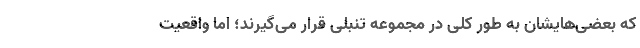
که بعضی‌هایشان به طور کلی در مجموعه تنبلی قرار می‌گیرند؛ اما واقعیت